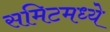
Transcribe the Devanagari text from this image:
समिटमध्ये